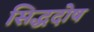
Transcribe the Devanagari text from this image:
सिद्धदोष